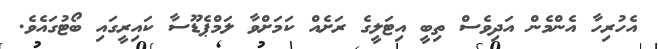
އެހުރިހާ އެންމެން އަދިވެސް ތިބީ އިޓަލީގެ ރަށެއް ކަމަށްވާ ލަމްޕެޑޫސާ ކައިރީގައި ބޯޓުގައެވެ.